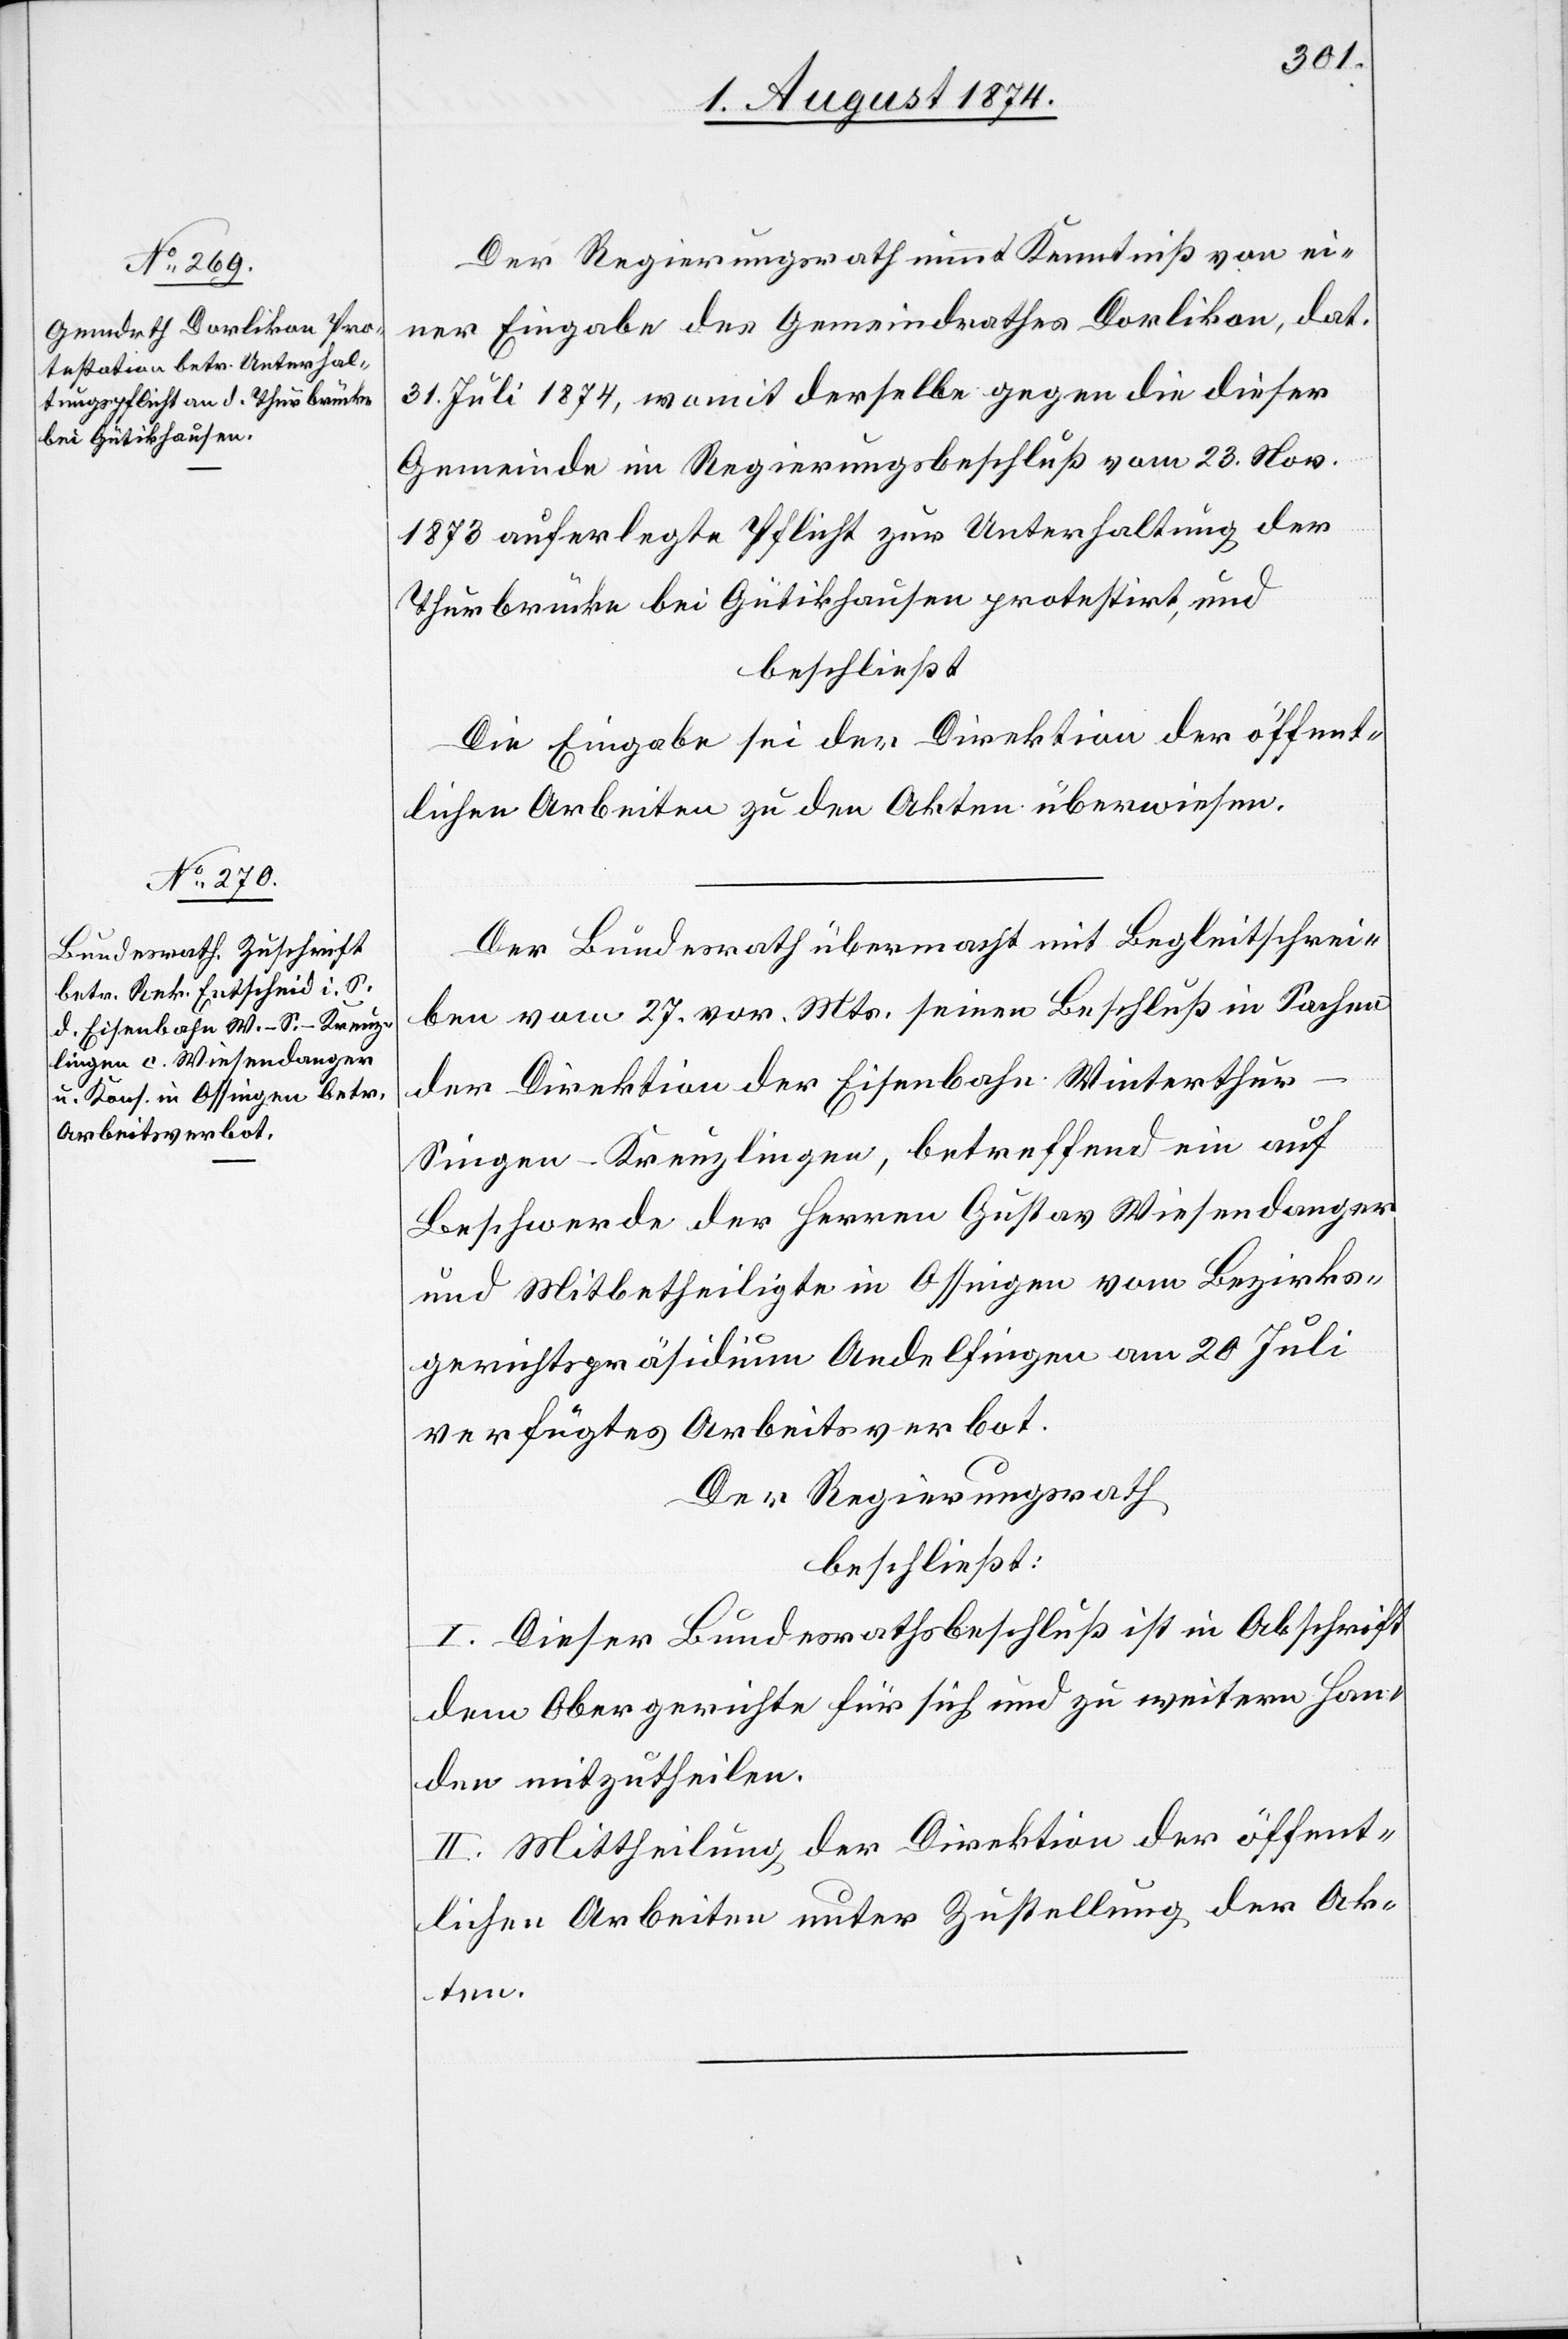
Der Regierungsrath nimmt Kenntniß von ei¬
ner Eingabe des Gemeindrathes Dorlikon, dat.
31. Juli 1874, womit derselbe gegen die dieser
Gemeinde im Regierungsbeschluß vom 23. Nov.
1873 auferlegte Pflicht zur Unterhaltung der
Thurbrücke bei Gütikhausen protestirt, und
beschließt:
Die Eingabe sei der Direktion der öffent¬
lichen Arbeiten zu den Akten zu überweisen.
Der Bundesrath übermacht mit Begleitschrei¬
ben vom 27. vor. Mts. seinen Beschluß in Sachen
der Direktion der Eisenbahn Winterthu¬
r–Singen–Kreuzlingen, betreffend ein auf
Beschwerde der Herren Gustav Wiesendanger
und Mitbetheiligte in Ossingen vom Bezirks¬
gerichtspräsidium Andelfingen am 20. Juli
verfügtes Arbeitsverbot.
Der Regierungsrath
beschließt:
I. Dieser Bundesrathsbeschluß ist in Abschrift
dem Obergerichte für sich und zu weitern Han¬
den mitzutheilen.
II. Mittheilung der Direktion der öffent¬
lichen Arbeiten unter Zustellung der Ak¬
ten.